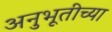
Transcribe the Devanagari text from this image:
अनुभूतीच्या